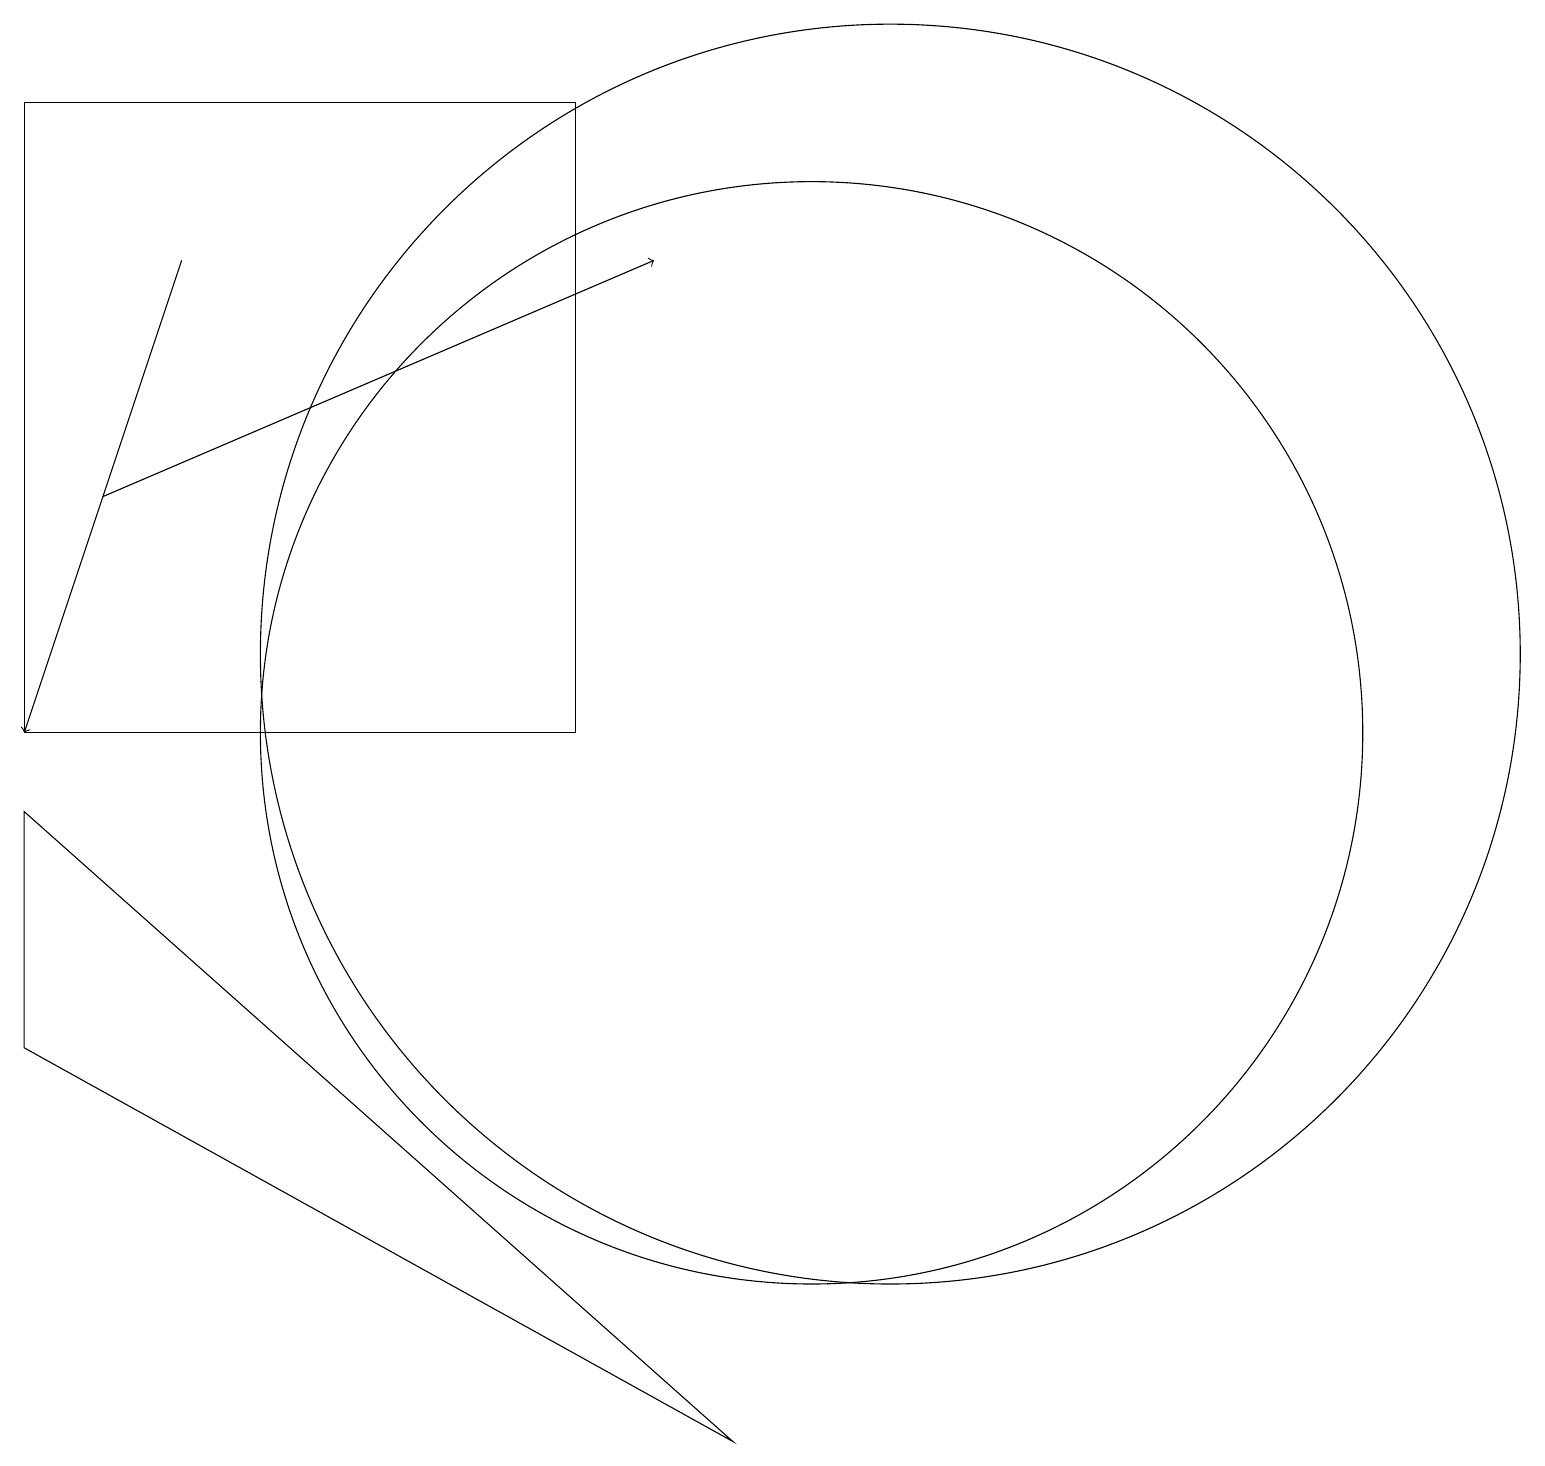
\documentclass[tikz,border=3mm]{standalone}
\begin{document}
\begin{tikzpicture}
\draw (11,11) circle (8);
\draw[->] (1,13) -- (8,16);
\draw (0,6) -- (9,1) -- (0,9) -- cycle;
\draw (10,10) circle (7);
\draw[->] (2,16) -- (0,10);
\draw (0,18) rectangle (7,10);
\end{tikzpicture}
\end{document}